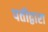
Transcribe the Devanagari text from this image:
पतीद्वारा